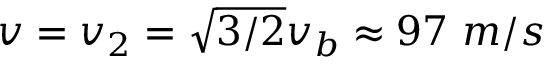
v = v _ { 2 } = \sqrt { 3 / 2 } v _ { b } \approx 9 7 ~ m / s